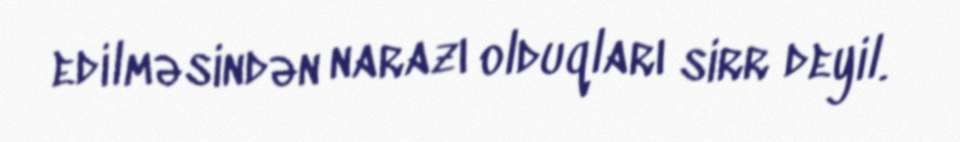
edilməsindən narazı olduqları sirr deyil.